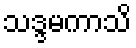
သဒ္ဒမကာသိ